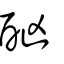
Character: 酗